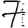
Digit: 7